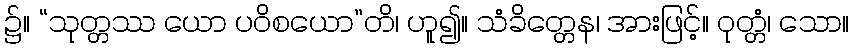
၌။ “သုတ္တဿ ယော ပဝိစယော”တိ၊ ဟူ၍။ သံခိတ္တေန၊ အားဖြင့်။ ဝုတ္တံ၊ သော။